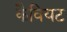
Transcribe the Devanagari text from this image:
कैवियट